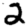
Digit: 2